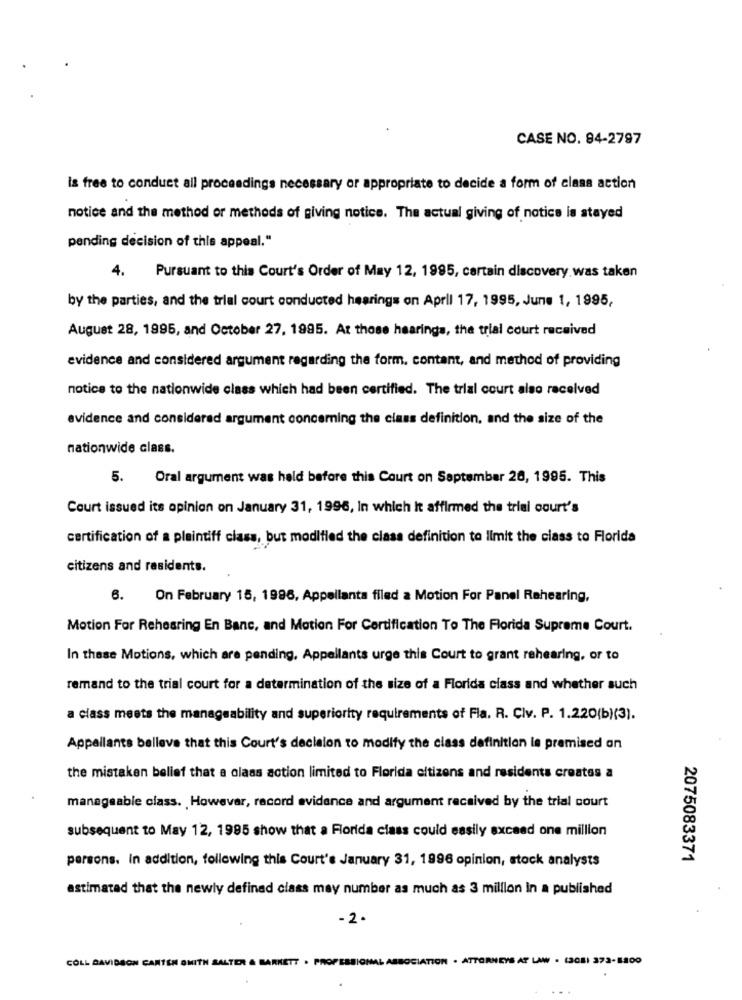
CASE NO. 94-2797
Is free to conduct all proceedings necessary or appropriate to decide a form of class action
notice and the method or methods of giving notice. The actual giving of notice is stayed
pending decision of this appeal."
4. Pursuant to this Court's Order of May 12, 1995, cartain discovery was taken
by the parties, and the trial court conducted hearings on April 17, 1995, June 1, 1995,
August 28, 1995, and October 27, 1995. At those hearings, the trial court received
evidence and considered argument regarding the form. contant, and method of providing
notice to the nationwide class which had been certified. The trial court also received
evidence and considered argument concerning the class definition, and the size of the
nationwide class.
5.
Oral argument was held before this Court on September 26, 1995. This
Court issued its opinion on January 31, 1996, In which It affirmed the trial court's
certification of a plaintiff class, but modified the class definition to limit the class to Florida
citizens and residents.
6.
On February 15, 1996, Appellanta filed a Motion For Panel Rahearing,
Motion For Rehearing En Banc, and Motion For Certification To The Florida Supreme Court.
In these Motions, which are pending, Appellants urge this Court to grant rehearing, or to
remand to the trial court for a determination of the size of a Florida class and whether such
a class meets the manageability and superiority requirements of Fla. R. Clv. P. 1.220(b)(3).
Appellants belleve that this Court's decision to modify the class definition le premised on
the mistaken belief that a class action limited to Florida citizens and residents creates a
manageable class. However, record evidence and argument received by the trial court
subsequent to May 12, 1995 show that a Florida class could easily exceed one million
persons. In addition, following this Court's January 31, 1996 opinion, stock analysts
2075083371
estimated that the newly defined class may number as much as 3 million in a published
- 2 .
TION
TORNEYS AT LAW . (308) 373-58
COLL DAVIDSON CANTEN SMITH SALTER & BARKETT . PROFESSIONAL ABBO